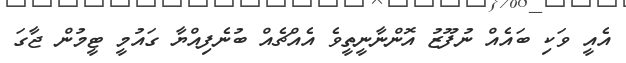
އެއީ ވަކި ބައެއް ނުފޫޒު އޮންނާނީތީވެ އެއްޗެއް ބުނެފިއްޔާ ގައުމީ ޓީމުން ޖާގަ